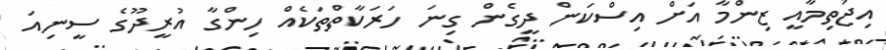
އިޖުތިމާއީ ޒިންމާ އަށް އިސްކަން ދީގެން ގިނަ ހަރަކާތްތަކެއް ހިންގާ އުރީދޫގެ ސީނިއަ